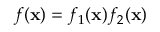
f ( \mathbf { x } ) = f _ { 1 } ( \mathbf { x } ) f _ { 2 } ( \mathbf { x } )